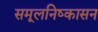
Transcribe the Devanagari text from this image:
समूलनिष्कासन